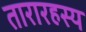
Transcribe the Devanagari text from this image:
तारारहस्य